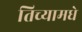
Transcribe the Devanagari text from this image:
तिच्यामधे